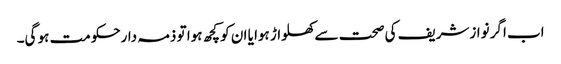
اب اگر نوازشریف کی صحت سے کھلواڑ ہوا یا ان کو کچھ ہوا تو ذمہ دارحکومت ہو گی۔